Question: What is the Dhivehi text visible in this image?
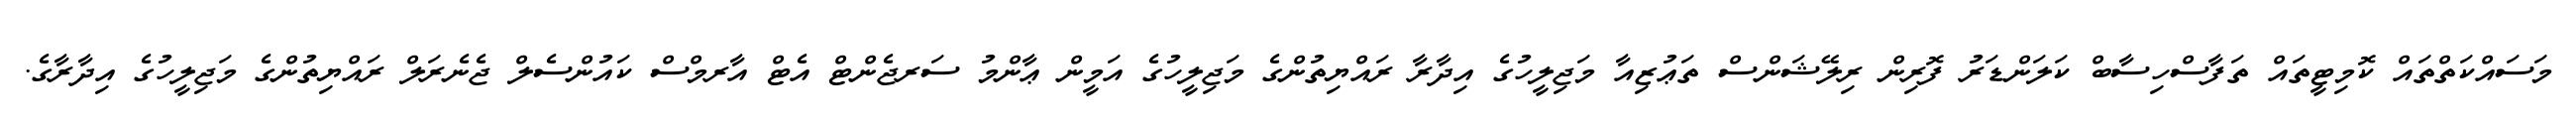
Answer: މަސައްކަތްތައް ކޮމިޓީތައް ތަފާސްހިސާބް ކަލަންޑަރު ފޮރިން ރިލޭޝަންސް ތަޢުޒިއާ މަޖިލީހުގެ އިދާރާ ރައްޔިތުންގެ މަޖިލީހުގެ އަމީން ޢާންމު ސަރޖެންޓް އެޓް އާރމްސް ކައުންސެލް ޖެނެރަލް ރައްޔިތުންގެ މަޖިލީހުގެ އިދާރާގެ.